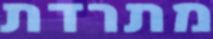
מתרדת